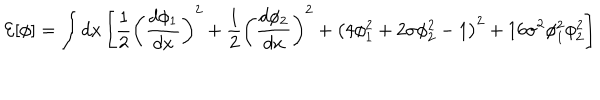
LaTeX: { \cal E } [ \phi ] = \int d x \left[ \frac { 1 } { 2 } \left( \frac { d \phi _ { 1 } } { d x } \right) ^ { 2 } + \frac { 1 } { 2 } \left( \frac { d \phi _ { 2 } } { d x } \right) ^ { 2 } + \left( 4 \phi _ { 1 } ^ { 2 } + 2 \sigma \phi _ { 2 } ^ { 2 } - 1 \right) ^ { 2 } + 1 6 \sigma ^ { 2 } \phi _ { 1 } ^ { 2 } \phi _ { 2 } ^ { 2 } \right]